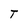
Character: T